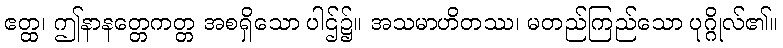
ဧတ္ထ၊ ဤနာနတ္တေကတ္တ အစရှိသော ပါဌ်၌။ အသမာဟိတဿ၊ မတည်ကြည်သော ပုဂ္ဂိုလ်၏။